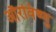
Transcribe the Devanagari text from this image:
औरविष्णु